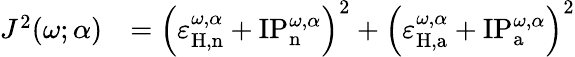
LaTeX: \begin{array}{rl}{J^{2}(\omega;\alpha)}&{=\left(\varepsilon_{\mathrm{H,n}}^{\omega,\alpha}+\mathrm{IP}_{\mathrm{n}}^{\omega,\alpha}\right)^{2}+\left(\varepsilon_{\mathrm{H,a}}^{\omega,\alpha}+\mathrm{IP}_{\mathrm{a}}^{\omega,\alpha}\right)^{2}}\end{array}